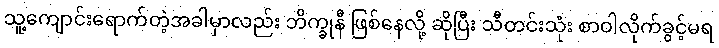
သူ့ကျောင်းရောက်တဲ့အခါမှာလည်း ဘိက္ခုနီ ဖြစ်နေလို့ ဆိုပြီး သီတင်းသုံး စာဝါလိုက်ခွင့်မရ